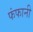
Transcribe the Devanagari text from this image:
फंफानी